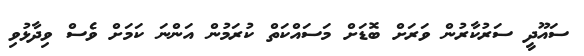
ސައޫދީ ސަރުކާރުން ވަރަށް ބޮޑަށް މަސައްކަތް ކުރަމުން އަންނަ ކަމަށް ވެސް ވިދާޅުވި